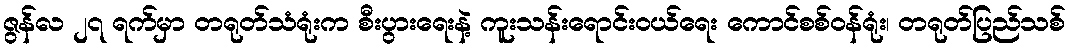
ဇွန်လ ၂၇ ရက်မှာ တရုတ်သံရုံးက စီးပွားရေးနဲ့ ကူးသန်းရောင်းဝယ်ရေး ကောင်စစ်ဝန်ရုံး၊ တရုတ်ပြည်သစ်